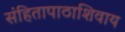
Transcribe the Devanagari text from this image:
संहितापाठाशिवाय